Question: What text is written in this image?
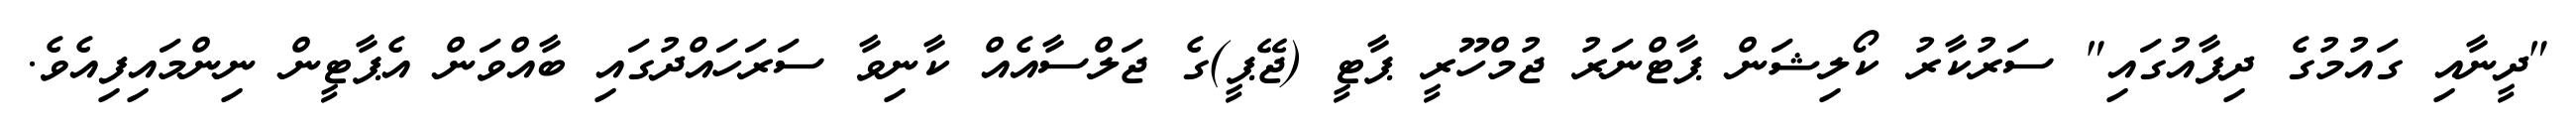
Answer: "ދީނާއި ގައުމުގެ ދިފާއުގައި" ސަރުކާރު ކޯލިޝަން ޕާޓްނަރު ޖުމްހޫރީ ޕާޓީ (ޖޭޕީ)ގެ ޖަލްސާއެއް ކާނިވާ ސަރަހައްދުގައި ބާއްވަން އެޕާޓީން ނިންމައިފިއެވެ.